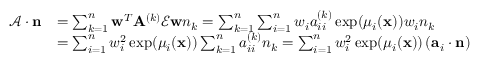
\begin{array} { r l } { \mathcal { A } \cdot \mathbf { n } } & { = \sum _ { k = 1 } ^ { n } \mathbf { w } ^ { T } \mathbf { A } ^ { ( k ) } \mathcal { E } \mathbf { w } n _ { k } = \sum _ { k = 1 } ^ { n } \sum _ { i = 1 } ^ { n } w _ { i } a _ { i i } ^ { ( k ) } \exp ( \mu _ { i } ( \mathbf { x } ) ) w _ { i } n _ { k } } \\ & { = \sum _ { i = 1 } ^ { n } w _ { i } ^ { 2 } \exp ( \mu _ { i } ( \mathbf { x } ) ) \sum _ { k = 1 } ^ { n } a _ { i i } ^ { ( k ) } n _ { k } = \sum _ { i = 1 } ^ { n } w _ { i } ^ { 2 } \exp ( \mu _ { i } ( \mathbf { x } ) ) \left( \mathbf { a } _ { i } \cdot \mathbf { n } \right) } \end{array}